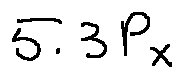
5 . 3 P _ { x }